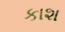
કાશ